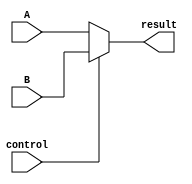
`timescale 1ns / 1ps
//////////////////////////////////////////////////////////////////////////////////
// Company: 
// Engineer: 
// 
// Design Name: 
// Module Name: data2Select
// Project Name: 
// Target Devices: 
// Tool Versions: 
// Description: 
// 
// Dependencies: 
// 
// Revision:
// Revision 0.01 - File Created
// Additional Comments:
// 
//////////////////////////////////////////////////////////////////////////////////


module data2Select_5bit(
    input control,
    input [4:0] A,
    input [4:0] B,
    output [4:0] result
    );

     assign result = (control == 0)? A:B;
endmodule